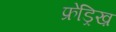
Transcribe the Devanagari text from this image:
फ्रेड्रिख़